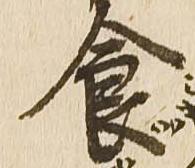
食